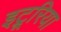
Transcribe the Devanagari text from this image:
इट्रूरिया